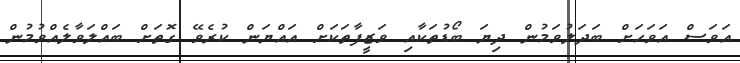
އަވަސް އަވަހަށް ބަދަލުވަމުން ދިޔަ ބޯޑުތަކާއި ވަޒީފާތަކަށް އައްޔަން ކުރެވޭ ގޮތަށް ބައްލަވާލެއްވުމުން